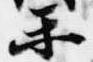
楽